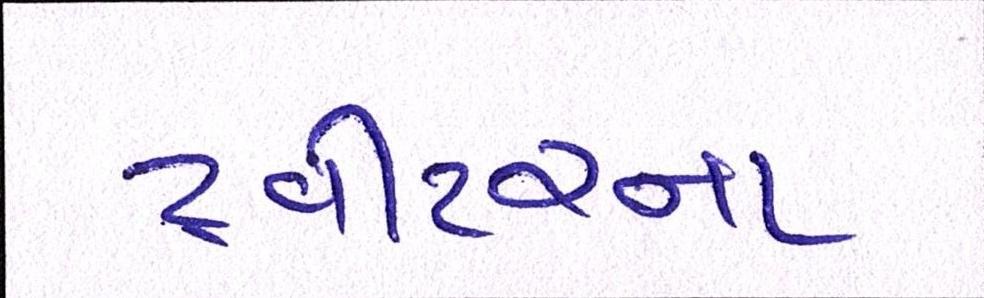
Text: ટ્વીટરના